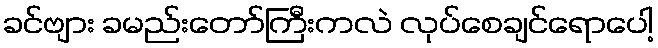
ခင်ဗျား ခမည်းတော်ကြီးကလဲ လုပ်စေချင်ရောပေါ့